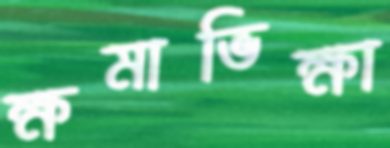
ক্ষমাভিক্ষা